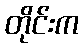
တိုင်းက